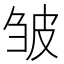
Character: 皱